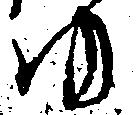
ゆ